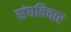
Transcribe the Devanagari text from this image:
संघविचार